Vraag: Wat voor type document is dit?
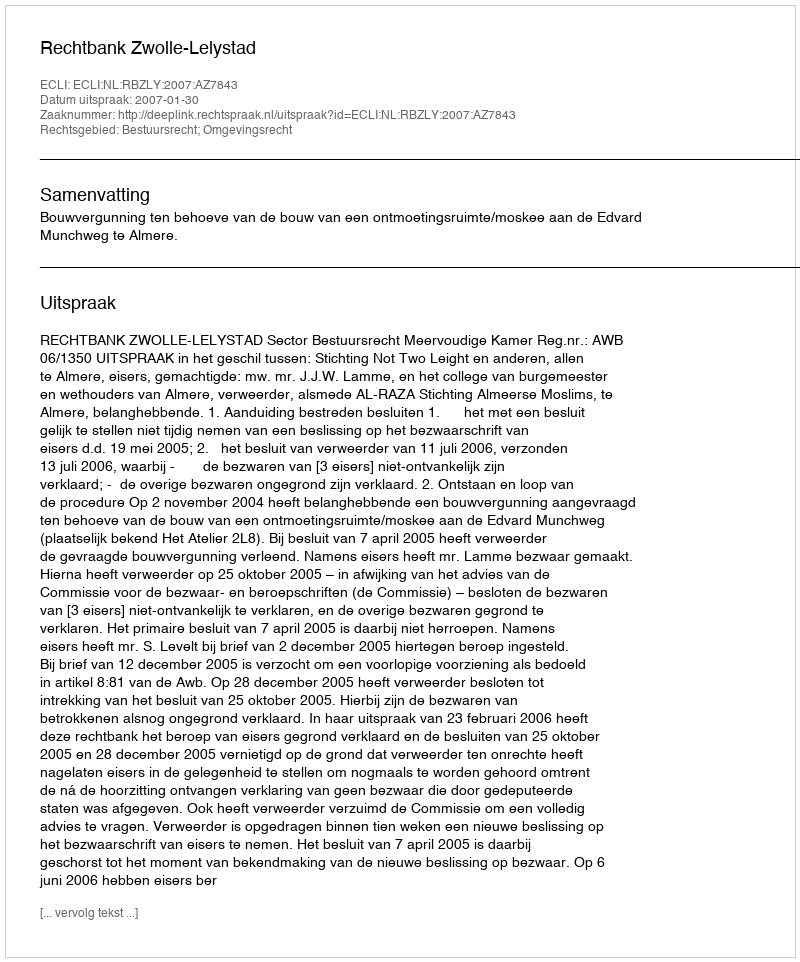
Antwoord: Uitspraak